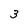
Character: 3